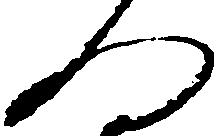
何